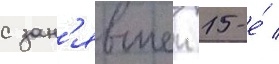
с зан'явшеи 15-е́ /